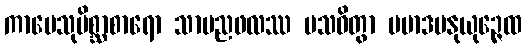
ကာမေသုမိစ္ဆာစာရော သာမညဖလဿ ပသဝိတွာ ပမာဒမနုယုဉ္ဇေထ